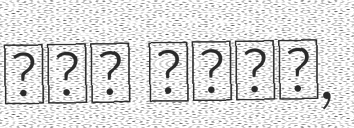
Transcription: چيل كنار,